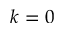
k = 0